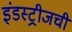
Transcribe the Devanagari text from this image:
इंडस्ट्रीजची